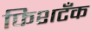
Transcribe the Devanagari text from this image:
फिशटँक